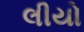
લીયો